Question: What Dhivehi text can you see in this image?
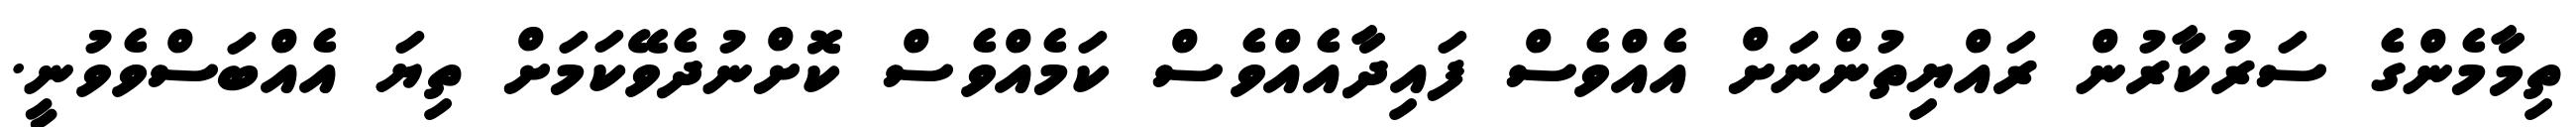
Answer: ތިމާމެންގެ ސަރުކާރުން ރައްޔިތުންނަށް އެއްވެސް ފައިދާއެއްވެސް ކަމެއްވެސް ކޮށްނުދެވޭކަމަށް ތިޔަ އެއްބަސްވެވުނީ.